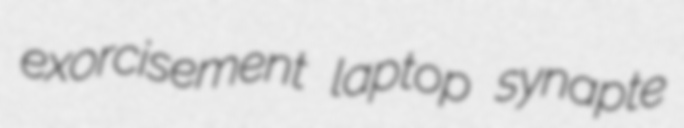
exorcisement laptop synapte